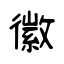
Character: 徽